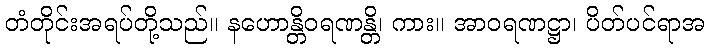
တံတိုင်းအရပ်တို့သည်။ နဟောန္တိဝရဏန္တိ၊ ကား။ အာဝရဏဋ္ဌာ၊ ပိတ်ပင်ရာအ